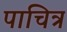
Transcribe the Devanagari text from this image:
पाचित्र